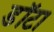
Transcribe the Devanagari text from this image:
डॉटा